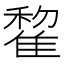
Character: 𨿯